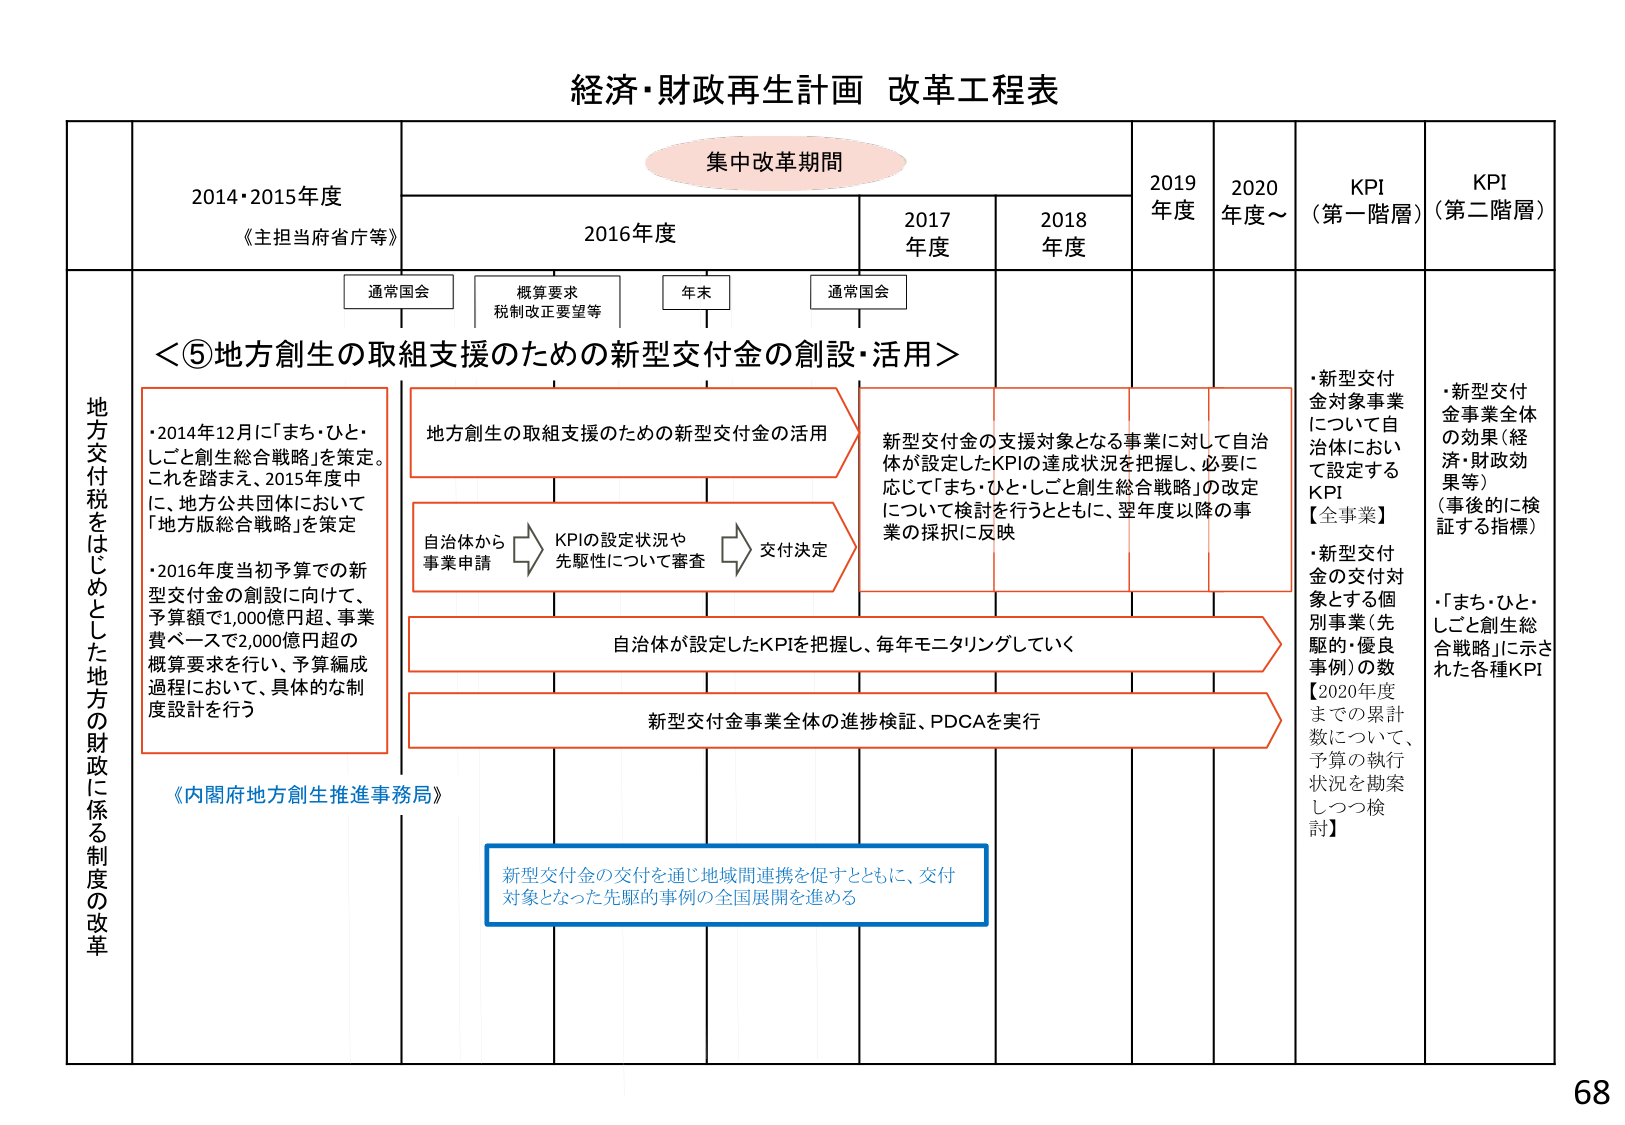
経済・財政再生計画 改革工程表

集中改革期間

2014・2015年度
《主担当府省庁等》

2016年度
通常国会
概算要求
税制改正要望等
年末
通常国会

2017年度
2018年度
2019年度
2020年度～
KPI（第一階層）
KPI（第二階層）

地方交付税をはじめとした地方の財政に係る制度の改革

＜⑤地方創生の取組支援のための新型交付金の創設・活用＞

・2014年12月に「まち・ひと・しごと創生総合戦略」を策定。
これを踏まえ、2015年度中に、地方公共団体において「地方版総合戦略」を策定

・2016年度当初予算での新型交付金の創設に向けて、
予算額で1,000億円超、事業費ベースで2,000億円超の概算要求を行い、予算編成過程において、具体的な制度設計を行う

地方創生の取組支援のための新型交付金の活用

自治体から
事業申請
→
KPIの設定状況や
先駆性について審査
→
交付決定

新型交付金の支援対象となる事業に対して自治体が設定したKPIの達成状況を把握し、必要に応じて「まち・ひと・しごと創生総合戦略」の改定について検討を行うとともに、翌年度以降の事業の採択に反映

自治体が設定したKPIを把握し、毎年モニタリングしていく

新型交付金事業全体の進捗検証、PDCAを実行

《内閣府地方創生推進事務局》

新型交付金の交付を通じ地域間連携を促すとともに、交付対象となった先駆的事例の全国展開を進める

・新型交付金対象事業について自治体において設定するKPI
【全事業】
・新型交付金の交付対象とする個別事業（先駆的・優良事例）の数
【2020年度までの累計数について、予算の執行状況を勘案しつつ検討】

・新型交付金事業全体の効果（経済・財政効果等）（事後的に検証する指標）
・「まち・ひと・しごと創生総合戦略」に示された各種KPI

68